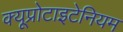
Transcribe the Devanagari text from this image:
क्यूप्रोटाइटेनियम